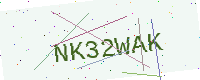
Text: NK32WAK